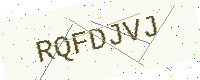
Text: RQFDJVJ